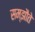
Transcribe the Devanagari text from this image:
सम्झौते